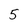
Character: 5